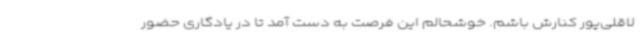
لاقلی‌پور کنارش باشم. خوشحالم این فرصت به دست آمد تا در یادگاری حضور